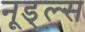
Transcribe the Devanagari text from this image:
नूड्ल्स